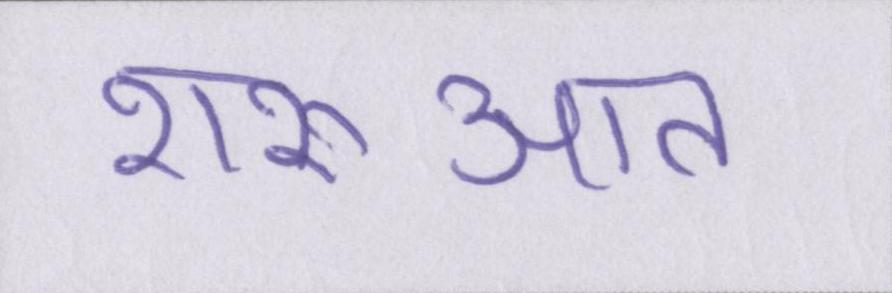
शरुआत